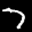
Label: 7